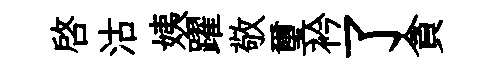
啓沽姨躍敬璽衿了貪